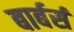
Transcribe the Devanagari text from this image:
बार्बर्स